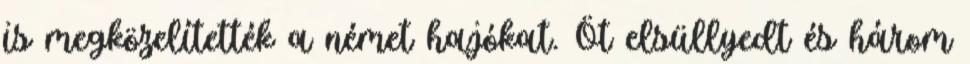
is megközelítették a német hajókat. Öt elsüllyedt és három